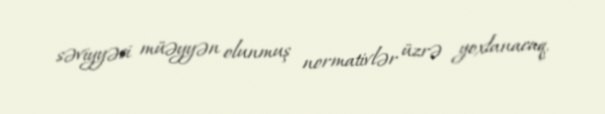
səviyyəsi müəyyən olunmuş normativlər üzrə yoxlanacaq.